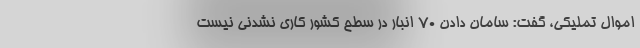
اموال تملیکی، گفت: سامان دادن ۷۰ انبار در سطح کشور کاری نشدنی نیست